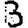
Digit: 3